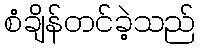
စံချိန်တင်ခဲ့သည်